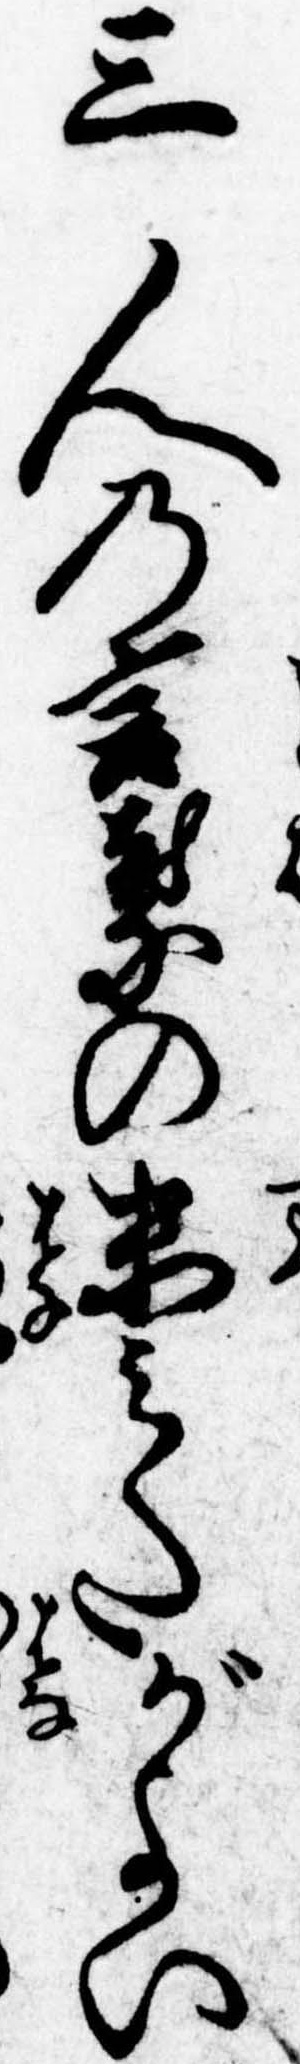
三人の言葉の末みたがよい